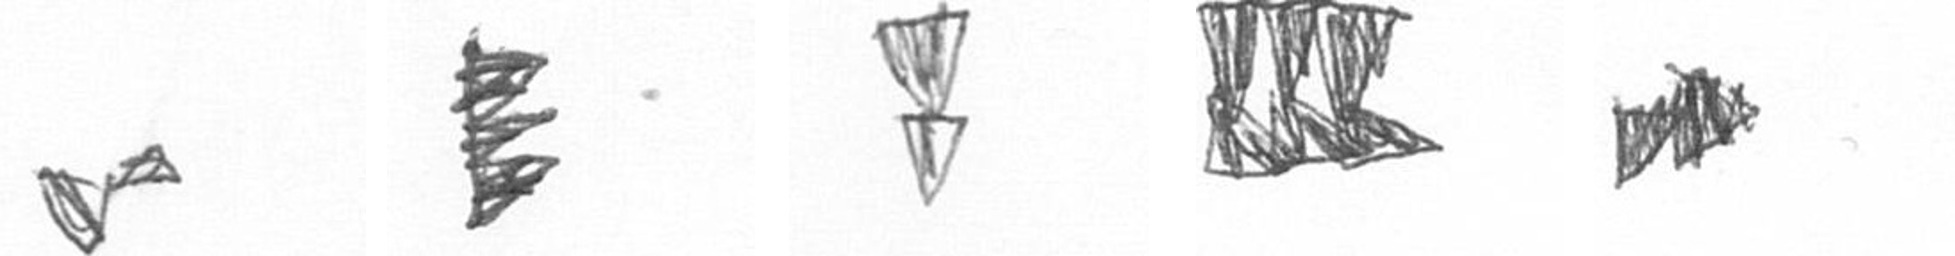
F H Z D A